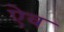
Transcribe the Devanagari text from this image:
ऐव